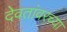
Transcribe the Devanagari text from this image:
देवतांवरच्या